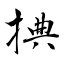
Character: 捵